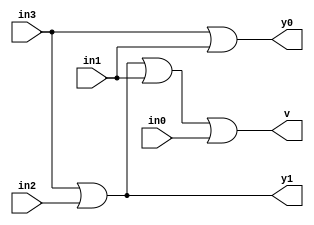
//Design:

module encoder_4x2(v,in3,in2,in1,in0,y1,y0);
input in3,in2,in1,in0;
output y1,y0,v;
assign y0=(in3|in1), y1=(in3|in2);
assign v=(in3|in2|in1|in0);
endmodule
/*
//Test Bench:

module encoder_4x2_tb();
reg in3,in2,in1,in0;
wire y1,y0;
encoder_4x2 e1(in3,in2,in1,in0,y1,y0);
initial
begin
	$monitor($time," A3=%b A2=%b A1=%b A0=%b Y1=%b Y0=%b",in3,in2,in1,in0,y1,y0);
end
initial
begin
	in3=1'b0; in2=1'b0; in1=1'b0; in0=1'b1;
	#5;
	in3=1'b0; in2=1'b0; in1=1'b1; in0=1'b0;
	#5;
	in3=1'b0; in2=1'b1; in1=1'b0; in0=1'b0;
	#5;
	in3=1'b1; in2=1'b0; in1=1'b0; in0=1'b0;
	#5;
end
endmodule
*/